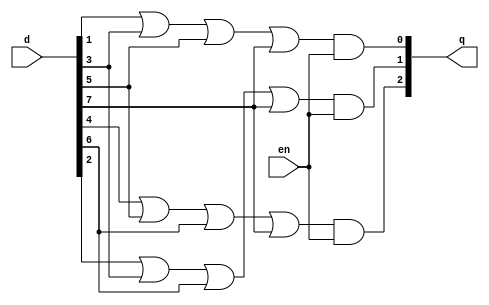
module priority_en_gl(en, d, q);
  input en;
  input [7:0]d;
  output [2:0]q;
  
  wire x, y, z;
  
  or out2(x, d[4], d[5], d[6], d[7]);
  or out1(y, d[2], d[3], d[6], d[7]);
  or out0(z, d[1], d[3], d[5], d[7]);
  
  and s2(q[2], x, en);
  and s1(q[1], y, en);
  and s0(q[0], z, en);
endmodule